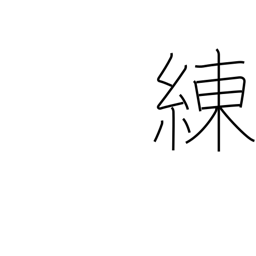
Meaning: gloss